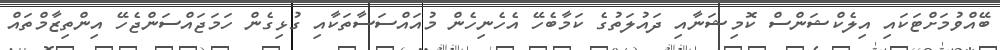
ބޭއްވުމަށްޓަކައި އިލެކްޝަންސް ކޮމިޝަނާއި ދައުލަތުގެ ކަމާބެހޭ އެހެނިހެން މުއައްސަސާތަކާއި ގުޅިގެން ހަމަޖައްސަންޖެހޭ އިންތިޒާމްތައް